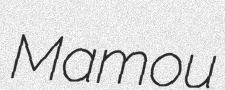
Mamou